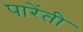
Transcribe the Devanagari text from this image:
पारेंती